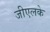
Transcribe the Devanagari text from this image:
जीएलके